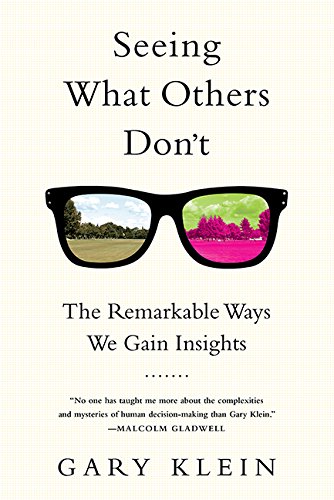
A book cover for Seeing What Others Don't: The Remarkable Ways We Gain Insights; Gary Klein; Self-Help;